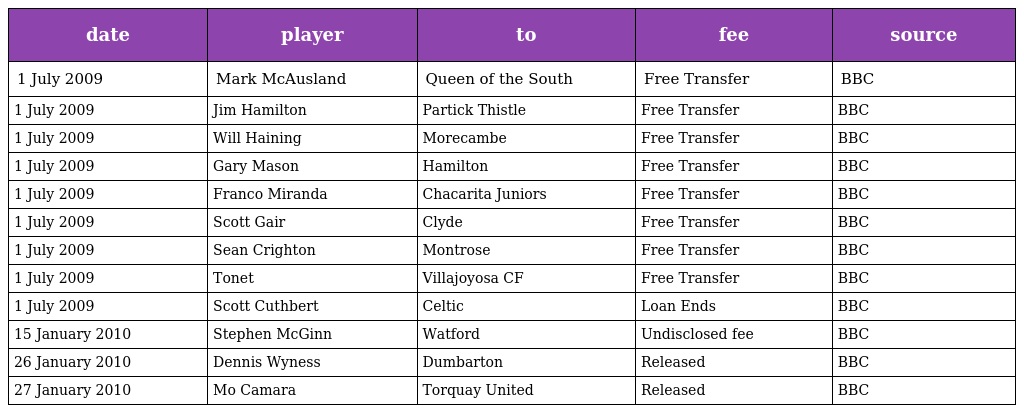
| date | player | to | fee | source |
 | --- | --- | --- | --- | --- |
 | 1 July 2009 | Mark McAusland | Queen of the South | Free Transfer | BBC |
 | 1 July 2009 | Jim Hamilton | Partick Thistle | Free Transfer | BBC |
 | 1 July 2009 | Will Haining | Morecambe | Free Transfer | BBC |
 | 1 July 2009 | Gary Mason | Hamilton | Free Transfer | BBC |
 | 1 July 2009 | Franco Miranda | Chacarita Juniors | Free Transfer | BBC |
 | 1 July 2009 | Scott Gair | Clyde | Free Transfer | BBC |
 | 1 July 2009 | Sean Crighton | Montrose | Free Transfer | BBC |
 | 1 July 2009 | Tonet | Villajoyosa CF | Free Transfer | BBC |
 | 1 July 2009 | Scott Cuthbert | Celtic | Loan Ends | BBC |
 | 15 January 2010 | Stephen McGinn | Watford | Undisclosed fee | BBC |
 | 26 January 2010 | Dennis Wyness | Dumbarton | Released | BBC |
 | 27 January 2010 | Mo Camara | Torquay United | Released | BBC |